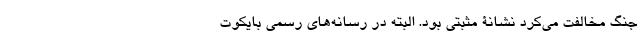
جنگ مخالفت می‌کرد نشانۀ مثبتی بود. البته در رسانه‌های رسمی بایکوت